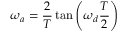
\omega _ { a } = { \frac { 2 } { T } } \tan \left( \omega _ { d } { \frac { T } { 2 } } \right)